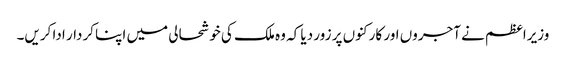
وزیراعظم نے آجروں اور کارکنوں پر زور دیا کہ وہ ملک کی خوشحالی میں اپنا کردار ادا کریں۔